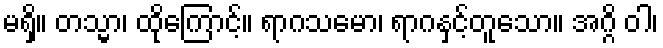
မရှိ။ တသ္မာ၊ ထိုကြောင့်။ ရာဂသမော၊ ရာဂနှင့်တူသော။ အဂ္ဂိ ဝါ၊